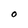
Character: O